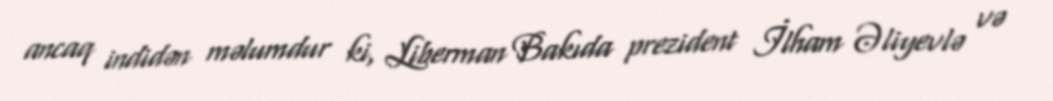
ancaq indidən məlumdur ki, Liberman Bakıda prezident İlham Əliyevlə və